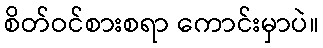
စိတ်ဝင်စားစရာ ကောင်းမှာပဲ။